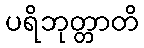
ပရိဘုတ္တာတိ